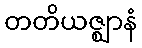
တတိယဇ္ဈာနံ